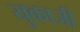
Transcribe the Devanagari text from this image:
युकाजी